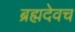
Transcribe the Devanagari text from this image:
ब्रह्मदेवच